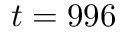
t = 9 9 6